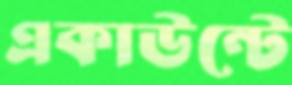
একাউন্টে